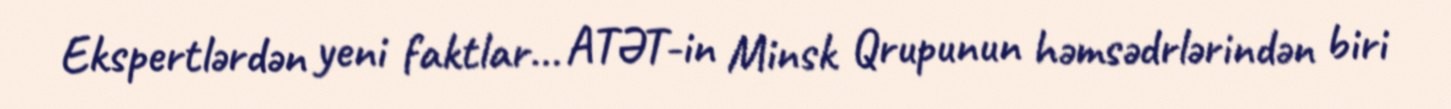
Ekspertlərdən yeni faktlar... ATƏT-in Minsk Qrupunun həmsədrlərindən biri